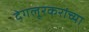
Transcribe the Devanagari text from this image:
देगलूरकरांच्या